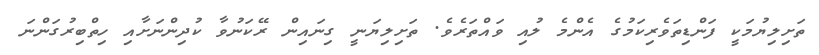
ތަށިލިޔުމަކީ ފަންޑިތަވެރިކަމުގެ އެންމެ ލުއި ވައްތަރެވެ. ތަށިލިޔަނީ ގިނައިން ރޭކަނުވާ ކުދިންނަށާއި ހިތްބިރުގަންނަ